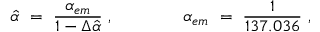
\hat { \alpha } \ = \ { \frac { \alpha _ { e m } } { 1 - \Delta \hat { \alpha } } } \ , \qquad \qquad \alpha _ { e m } \ = \ { \frac { 1 } { 1 3 7 . 0 3 6 } } \ ,